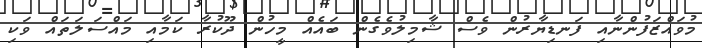
މުވައްޒަފުންނާއި ފަނޑިޔާރުން ވެސް ޝާމިލުވެގެން ބައެއް މީހުން ދޫކުރާ ކަމާއި މައްސަލަތައް ވަކި